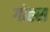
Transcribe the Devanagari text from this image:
गोह्स